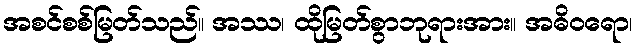
အစင်စစ်မြတ်သည်။ အဿ၊ ထိုမြတ်စွာဘုရားအား။ အဓိဝရော၊